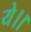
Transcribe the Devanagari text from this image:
ये।।